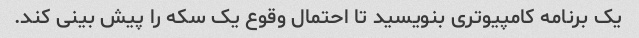
یک برنامه کامپیوتری بنویسید تا احتمال وقوع یک سکه را پیش بینی کند.